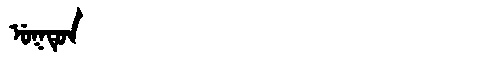
Manchu: ᡠᡴᡨᡠᠨ
Romanization: UKTUN